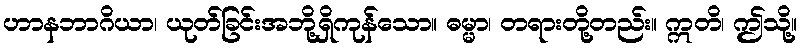
ဟာနဘာဂိယာ၊ ယုတ်ခြင်းအဘို့ရှိကုန်သော။ ဓမ္မာ၊ တရားတို့တည်း။ ဣတိ၊ ဤသို့။